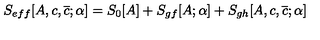
S _ { e f f } [ A , c , \overline { { c } } ; \alpha ] = S _ { 0 } [ A ] + S _ { g f } [ A ; \alpha ] + S _ { g h } [ A , c , \overline { { c } } ; \alpha ]